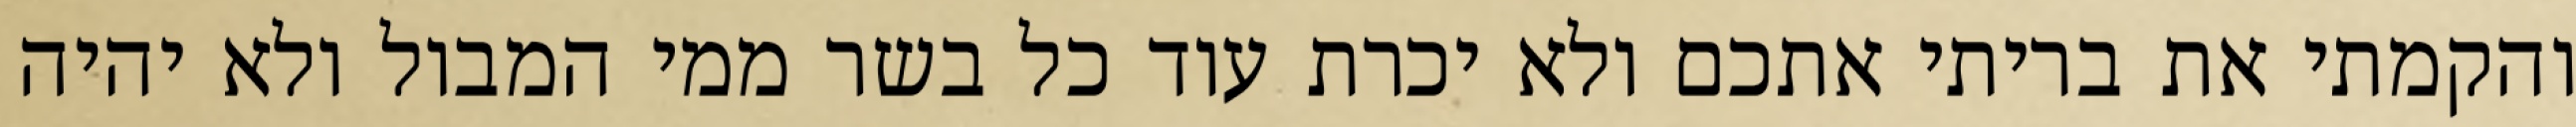
והקמתי את בריתי אתכם ולא יכרת עוד כל בשר ממי המבול ולא יהיה